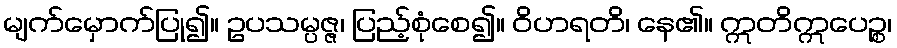
မျက်မှောက်ပြု၍။ ဥပသမ္ပဇ္ဇ၊ ပြည့်စုံစေ၍။ ဝိဟရတိ၊ နေ၏။ ဣတိဣပေဉ္စ၊